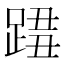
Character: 𨂓